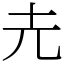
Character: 圥